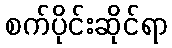
စက်ပိုင်းဆိုင်ရာ